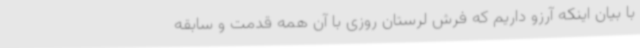
با بیان اینکه آرزو داریم که فرش لرستان روزی با آن همه قدمت و سابقه